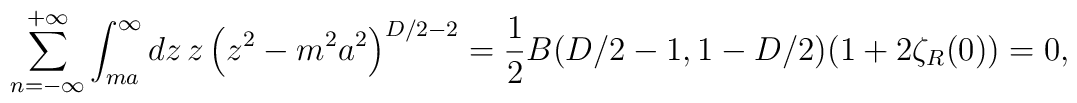
\sum_{n=-\infty }^{+\infty }\int_{ma}^{\infty }dz\,z\left(z^{2}-m^{2}a^{2}\right) ^{D/2-2}=\frac{1}{2}B(D/2-1,1-D/2)(1+2\zeta _{R}(0))=0,